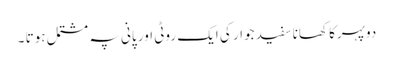
دوپہرکا کھانا سفید جوار کی ایک روٹی اور پانی پہ مشتمل ہوتا ۔